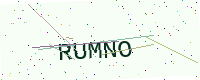
Text: RUMNO